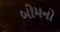
બોમનો